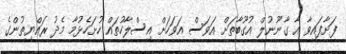
ފަށާފައިވާ އާ ގާނޫނުލް އުގޫބާތަށް އަވަސް އަަވަހަށް އިސްލާހުތައް ހުށަހެޅުމާ މެދު ރައްޔިތުންގެ